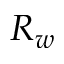
R _ { w }